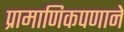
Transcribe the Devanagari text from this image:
प्रामाणिकपणाने